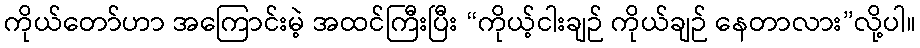
ကိုယ်တော်ဟာ အကြောင်းမဲ့ အထင်ကြီးပြီး “ကိုယ့်ငါးချဉ် ကိုယ်ချဉ် နေတာလား”လို့ပါ။